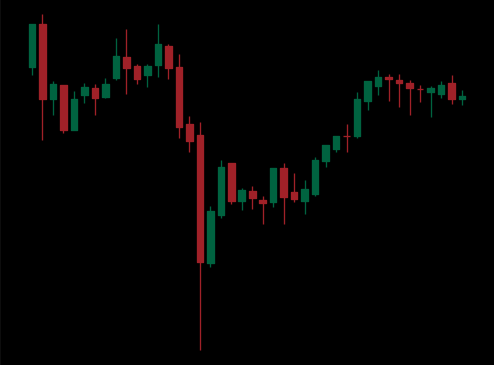
Pattern: inverse_head_shoulders